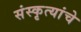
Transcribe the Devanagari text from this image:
संस्कृत्यांचे